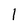
Character: 1